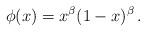
LaTeX: \begin{align*}\phi (x) = x^\beta (1-x)^\beta \, .\end{align*}